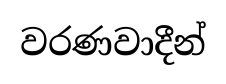
වරණවාදීන්